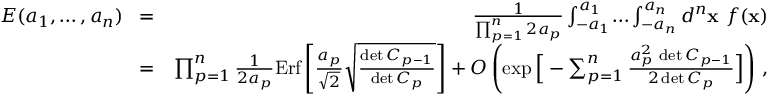
\begin{array} { r l r } { E ( a _ { 1 } , \dots , a _ { n } ) } & { \! = \! } & { { \frac { 1 } { \prod _ { p = 1 } ^ { n } 2 a _ { p } } } \int _ { - a _ { 1 } } ^ { a _ { 1 } } \! \dots \int _ { - a _ { n } } ^ { a _ { n } } d ^ { n } { \bf x } \ f ( { \bf x } ) } \\ & { \! = \! } & { \, \prod _ { p = 1 } ^ { n } { \frac { 1 } { 2 a _ { p } } } \mathrm { E r f } \left[ { \frac { a _ { p } } { \sqrt 2 } } \sqrt { \frac { \operatorname* { d e t } C _ { p - 1 } } { \operatorname* { d e t } C _ { p } } } \right] + { \cal O } \left( \exp \Big [ - \sum _ { p = 1 } ^ { n } { \frac { a _ { p } ^ { 2 } \, \operatorname* { d e t } C _ { p - 1 } } { 2 \operatorname* { d e t } C _ { p } } } \Big ] \right) \, , } \end{array}